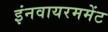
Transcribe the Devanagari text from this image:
इंनवायरममेंट